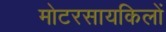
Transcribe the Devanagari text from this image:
मोटरसायकिलों